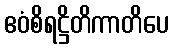
ဧဝံစိရဋ္ဌိတိကာတိပေ